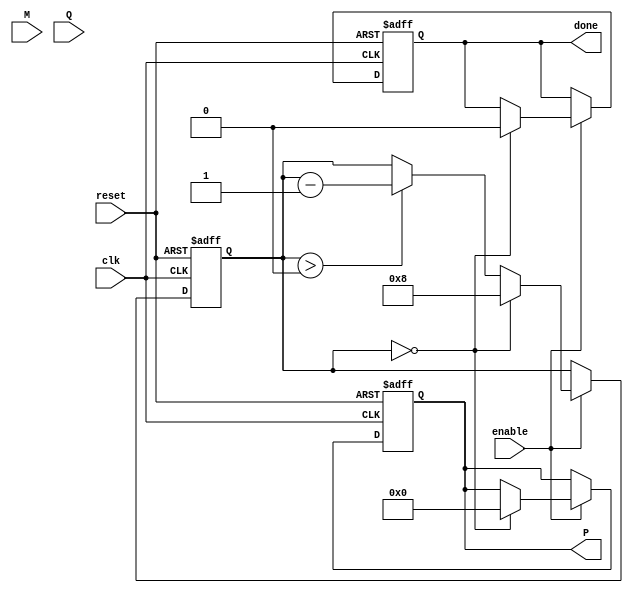
module modified_booth_multiplier #(parameter WIDTH = 8) (
    input wire clk,
    input wire reset,
    input wire enable,
    input wire signed [WIDTH-1:0] M, // Multiplicand
    input wire signed [WIDTH-1:0] Q, // Multiplier
    output reg signed [2*WIDTH-1:0] P, // Product
    output reg done // Status signal
);

    reg [WIDTH-1:0] A; // Accumulator
    reg [WIDTH-1:0] Q_reg; // Multiplier register
    reg [WIDTH-1:0] M_reg; // Multiplicand register
    reg [WIDTH:0] Qn; // Extended Q for Booth encoding (Qi, Qi-1)
    
    reg [3:0] count; // Counter
    reg [2:0] booth_code; // Current Booth code

    // Initialize and reset logic
    always @(posedge clk or posedge reset) begin
        if (reset) begin
            P <= 0;
            A <= 0;
            Q_reg <= 0;
            M_reg <= 0;
            count <= 0;
            done <= 0;
        end else if (enable) begin
            if (count == 0) begin
                // Load inputs
                Q_reg <= Q;
                M_reg <= M;
                A <= 0;
                P <= 0;
                Qn <= {1'b0, Q_reg[WIDTH-1:0]}; // Initialize with Qi = Q[0], Qi-1 = 0
                count <= WIDTH; // Set loop count
                done <= 0;
            end else if (count > 0) begin
                // Booth encoding
                booth_code = {Qn[1:0], Qn[0]}; // Get current 3 bits for encoding
                case (booth_code)
                    3'b001: A <= A + M_reg;          // Add M
                    3'b010: A <= A + M_reg;          // Add M
                    3'b011: A <= A + M_reg;          // Add M
                    3'b100: A <= A - M_reg;          // Subtract M
                    3'b101: A <= A - M_reg;          // Subtract M
                    default: ;                       // No operation (0, 0, 0 and 1, 1, 1)
                endcase

                // Shift right A and Q
                {A, Qn[WIDTH:1]} <= {A, Qn[WIDTH:1]} >> 1; // Shift A and Q right
                Qn[0] <= Q_reg[0]; // New Qi becomes the least significant bit of Q_reg
                Q_reg <= {1'b0, Q_reg[WIDTH-1:1]}; // Shift Q left
                
                count <= count - 1; // Decrement count
            end else if (count == 0) begin
                P <= A; // Store final product
                done <= 1; // Indicate completion
            end
        end
    end
endmodule